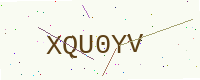
Text: XQU0YV